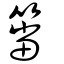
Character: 簹